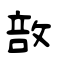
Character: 敨